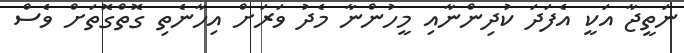
ނަތީޖާ އަކީ އެފަދަ ކުދިންނާއި މީހުންނާ މެދު ވަރަށް އިހާނެތި ގޮތްގޮތަށް ވެސް